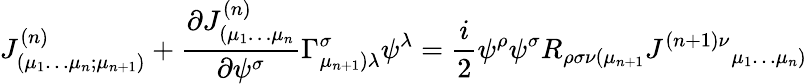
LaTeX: {J}_{(\mu_{1}\dots\mu_{n};\mu_{n+1})}^{(n)}+\frac{\partial{J}_{(\mu_{1}\dots\mu_{n}}^{(n)}}{\partial\psi^{\sigma}}\Gamma_{\mu_{n+1})\lambda}^{\sigma}\psi^{\lambda}=\frac{i}{2}\psi^{\rho}\psi^{\sigma}R_{\rho\sigma\nu(\mu_{n+1}}{{J}^{(n+1)\nu}}_{\mu_{1}\dots\mu_{n})}